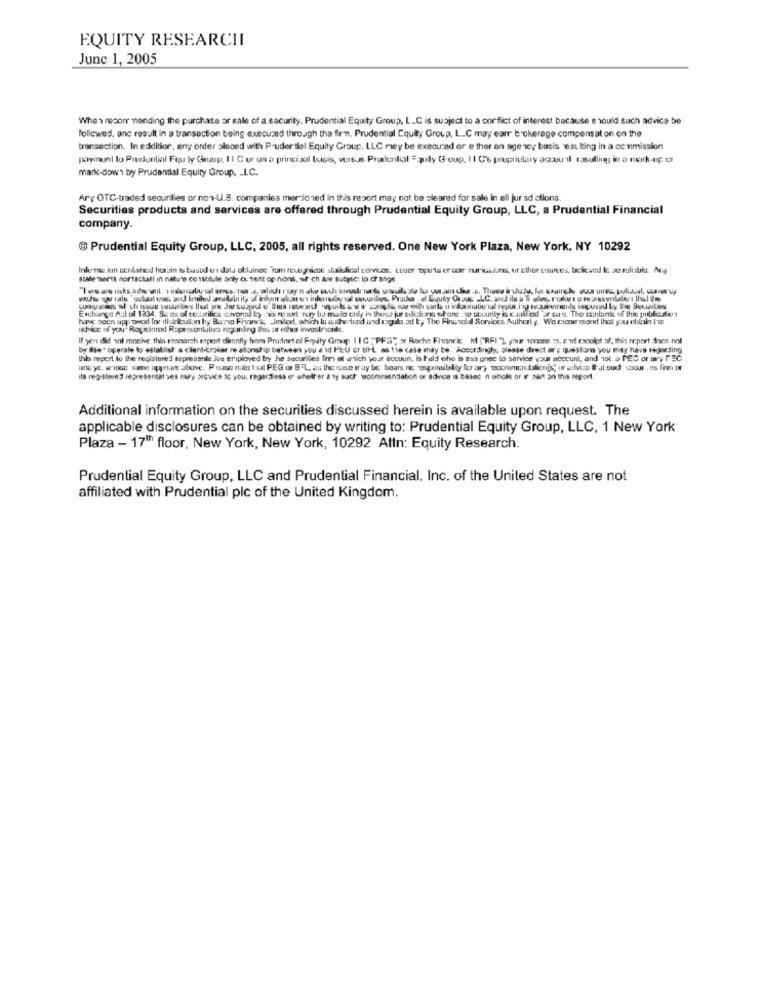
EQUITY RESEARCHI
June 1, 2005
When resor mending the purchase or sale of a sacurity. Prudential Equity Group, LLC is subject to a conflict of interest because s would such advice be
followed, anc result in a transaction being executed through the firm, Prudential Equity Group, LLC may earr brokerage compensat on on the
transection. In eddition, any order olnoed with Puder tial Equity Group, LLC mey be executed or e ther an agency basis est Iting in a commission
poryinunl lo Prudential Fou ly Gruup, Il C ur un a princisal basis, versus Prudential = quily Group, 11 C't propriulary accu'il casulling in a mark-up tr
mark-down by Prudential Equity Group, LLC.
Ary OTC-traded securities or non-U.S. companies mer joned In this report may not be cleared for sale in ell jur sd ctions.
Securities products and services are offered through Prudential Equity Group, LLC, a Prudential Financial
company.
Prudential Equity Group, LLC, 2005, all rights reserved. One New York Plaza, New York, NY 10292
Inlemos jun ccnlanod hazin is based os dals obtainoc Tom ruegniax: stali dal torvkos, cuutr spots er cor ruricains, or Elhor sources, believed k: so nullable. Mig
stale merts norfachall in nature cossotule only ou Tent op nions, ur ch are subject to change
Exchange Aul of 1334. 3. es ol sourilis esvored by his rood tury ba malo thly is those jur sofern whore . county is calfod at tas. The content of this piblerdies
hanne soin app wwwod for distribution hy Bano Fhonde Jmiled, which is author tod und tag.ad t, The Fincadal Soralees Autherl.g. We racemond that you eblin Ie
advice of you' Rapidlared Reprosontitivo roz anding this or other invostriante
If you did ani moche; thin sasnarch mport dimontly from Prudort al Fquly Grup 11C ; PFS" ar Roche Fiance M ("RFI "), yaer sonene , car canolot of, this report does nnl
by Ilse" operale to establish a client-broker re ationship between you a id PEU or BIL as the case may be. Accordingly, please direst ary questions you may have reguarding
this report to the registered sepresente Jos eriploved by he securities fini at antich your accoun, Is held who is ess gnet lo service your account, and iot o PEC or ury PEC
an ye. wise sme upphar atkrve. Pesse nao I'ul PEG or 87L, au the case tray be boars nc osponsibility for ary occhimontafon[s) or advice Iut such stour , es fri or
its registered representatives nay arevice to you, regardless of whether a ty such commendation or advice is based n whole or Ir. part an this report.
Additional information on the securities discussed herein is available upon request. The
applicable disclosures can be obtained by writing to: Prudential Equity Group, LLC, 1 New York
Plaza - 17" floor, New York, New York, 10292 Attn: Equity Research.
Prudential Equity Group, LLC and Prudential Financial, Inc. of the United States are not
affiliated with Prudential plc of the United Kingdom.